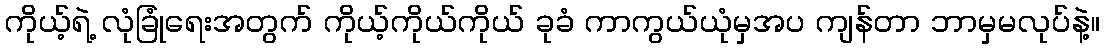
ကိုယ့်ရဲ့ လုံခြုံရေးအတွက် ကိုယ့်ကိုယ်ကိုယ် ခုခံ ကာကွယ်ယုံမှအပ ကျန်တာ ဘာမှမလုပ်နဲ့။